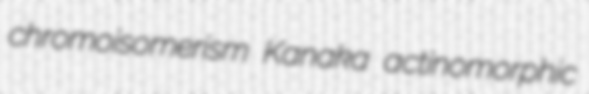
chromoisomerism Kanaka actinomorphic